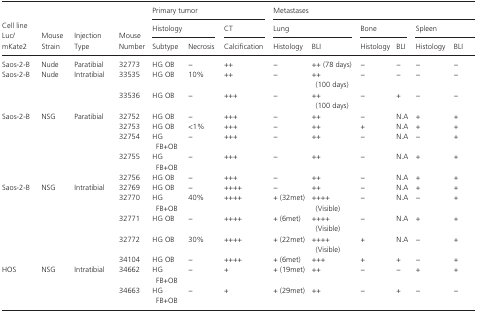
<table><thead><tr><td rowspan="3"><b>Cell line Luc/mKate2</b></td><td rowspan="3"><b>Mouse Strain</b></td><td rowspan="3"><b>Injection Type</b></td><td rowspan="3"><b>Mouse Number</b></td><td colspan="3"><b>Primary tumor</b></td><td colspan="6"><b>Metastases</b></td></tr><tr><td colspan="2"><b>Histology</b></td><td><b>CT</b></td><td colspan="2"><b>Lung</b></td><td colspan="2"><b>Bone</b></td><td colspan="2"><b>Spleen</b></td></tr><tr><td><b>Subtype</b></td><td><b>Necrosis</b></td><td><b>Calcification</b></td><td><b>Histology</b></td><td><b>BLI</b></td><td><b>Histology</b></td><td><b>BLI</b></td><td><b>Histology</b></td><td><b>BLI</b></td></tr></thead><tbody><tr><td>Saos‐2‐B</td><td>Nude</td><td>Paratibial</td><td>32773</td><td>HG OB</td><td>−</td><td>++</td><td>−</td><td>++ (78 days)</td><td>−</td><td>−</td><td>−</td><td>−</td></tr><tr><td rowspan="2">Saos‐2‐B</td><td rowspan="2">Nude</td><td rowspan="2">Intratibial</td><td>33535</td><td>HG OB</td><td>10%</td><td>++</td><td>−</td><td>++ (100 days)</td><td>−</td><td>−</td><td>−</td><td>−</td></tr><tr><td>33536</td><td>HG OB</td><td>−</td><td>+++</td><td>−</td><td>++ (100 days)</td><td>−</td><td>+</td><td>−</td><td>−</td></tr><tr><td rowspan="5">Saos‐2‐B</td><td rowspan="5">NSG</td><td rowspan="5">Paratibial</td><td>32752</td><td>HG OB</td><td>−</td><td>+++</td><td>−</td><td>++</td><td>−</td><td>N.A</td><td>+</td><td>+</td></tr><tr><td>32753</td><td>HG OB</td><td>&lt;1%</td><td>+++</td><td>−</td><td>++</td><td>+</td><td>N.A</td><td>+</td><td>+</td></tr><tr><td>32754</td><td>HG FB+OB</td><td>−</td><td>+++</td><td>−</td><td>++</td><td>−</td><td>N.A</td><td>−</td><td>+</td></tr><tr><td>32755</td><td>HG FB+OB</td><td>−</td><td>+++</td><td>−</td><td>++</td><td>−</td><td>N.A</td><td>+</td><td>+</td></tr><tr><td>32756</td><td>HG OB</td><td>−</td><td>+++</td><td>−</td><td>++</td><td>−</td><td>N.A</td><td>+</td><td>+</td></tr><tr><td rowspan="5">Saos‐2‐B</td><td rowspan="5">NSG</td><td rowspan="5">Intratibial</td><td>32769</td><td>HG OB</td><td>−</td><td>++++</td><td>−</td><td>++</td><td>−</td><td>N.A</td><td>+</td><td>+</td></tr><tr><td>32770</td><td>HG FB+OB</td><td>40%</td><td>++++</td><td>+ (32met)</td><td>++++ (Visible)</td><td>−</td><td>N.A</td><td>−</td><td>+</td></tr><tr><td>32771</td><td>HG OB</td><td>−</td><td>++++</td><td>+ (6met)</td><td>++++ (Visible)</td><td>−</td><td>N.A</td><td>+</td><td>+</td></tr><tr><td>32772</td><td>HG OB</td><td>30%</td><td>++++</td><td>+ (22met)</td><td>++++ (Visible)</td><td>+</td><td>N.A</td><td>−</td><td>+</td></tr><tr><td>34104</td><td>HG OB</td><td>−</td><td>++++</td><td>+ (6met)</td><td>+++</td><td>+</td><td>+</td><td>−</td><td>+</td></tr><tr><td rowspan="2">HOS</td><td rowspan="2">NSG</td><td rowspan="2">Intratibial</td><td>34662</td><td>HG FB+OB</td><td>−</td><td>+</td><td>+ (19met)</td><td>++</td><td>−</td><td>−</td><td>+</td><td>+</td></tr><tr><td>34663</td><td>HG FB+OB</td><td>−</td><td>+</td><td>+ (29met)</td><td>++</td><td>−</td><td>+</td><td>−</td><td>−</td></tr></tbody></table>